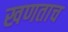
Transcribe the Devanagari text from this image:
खणताच